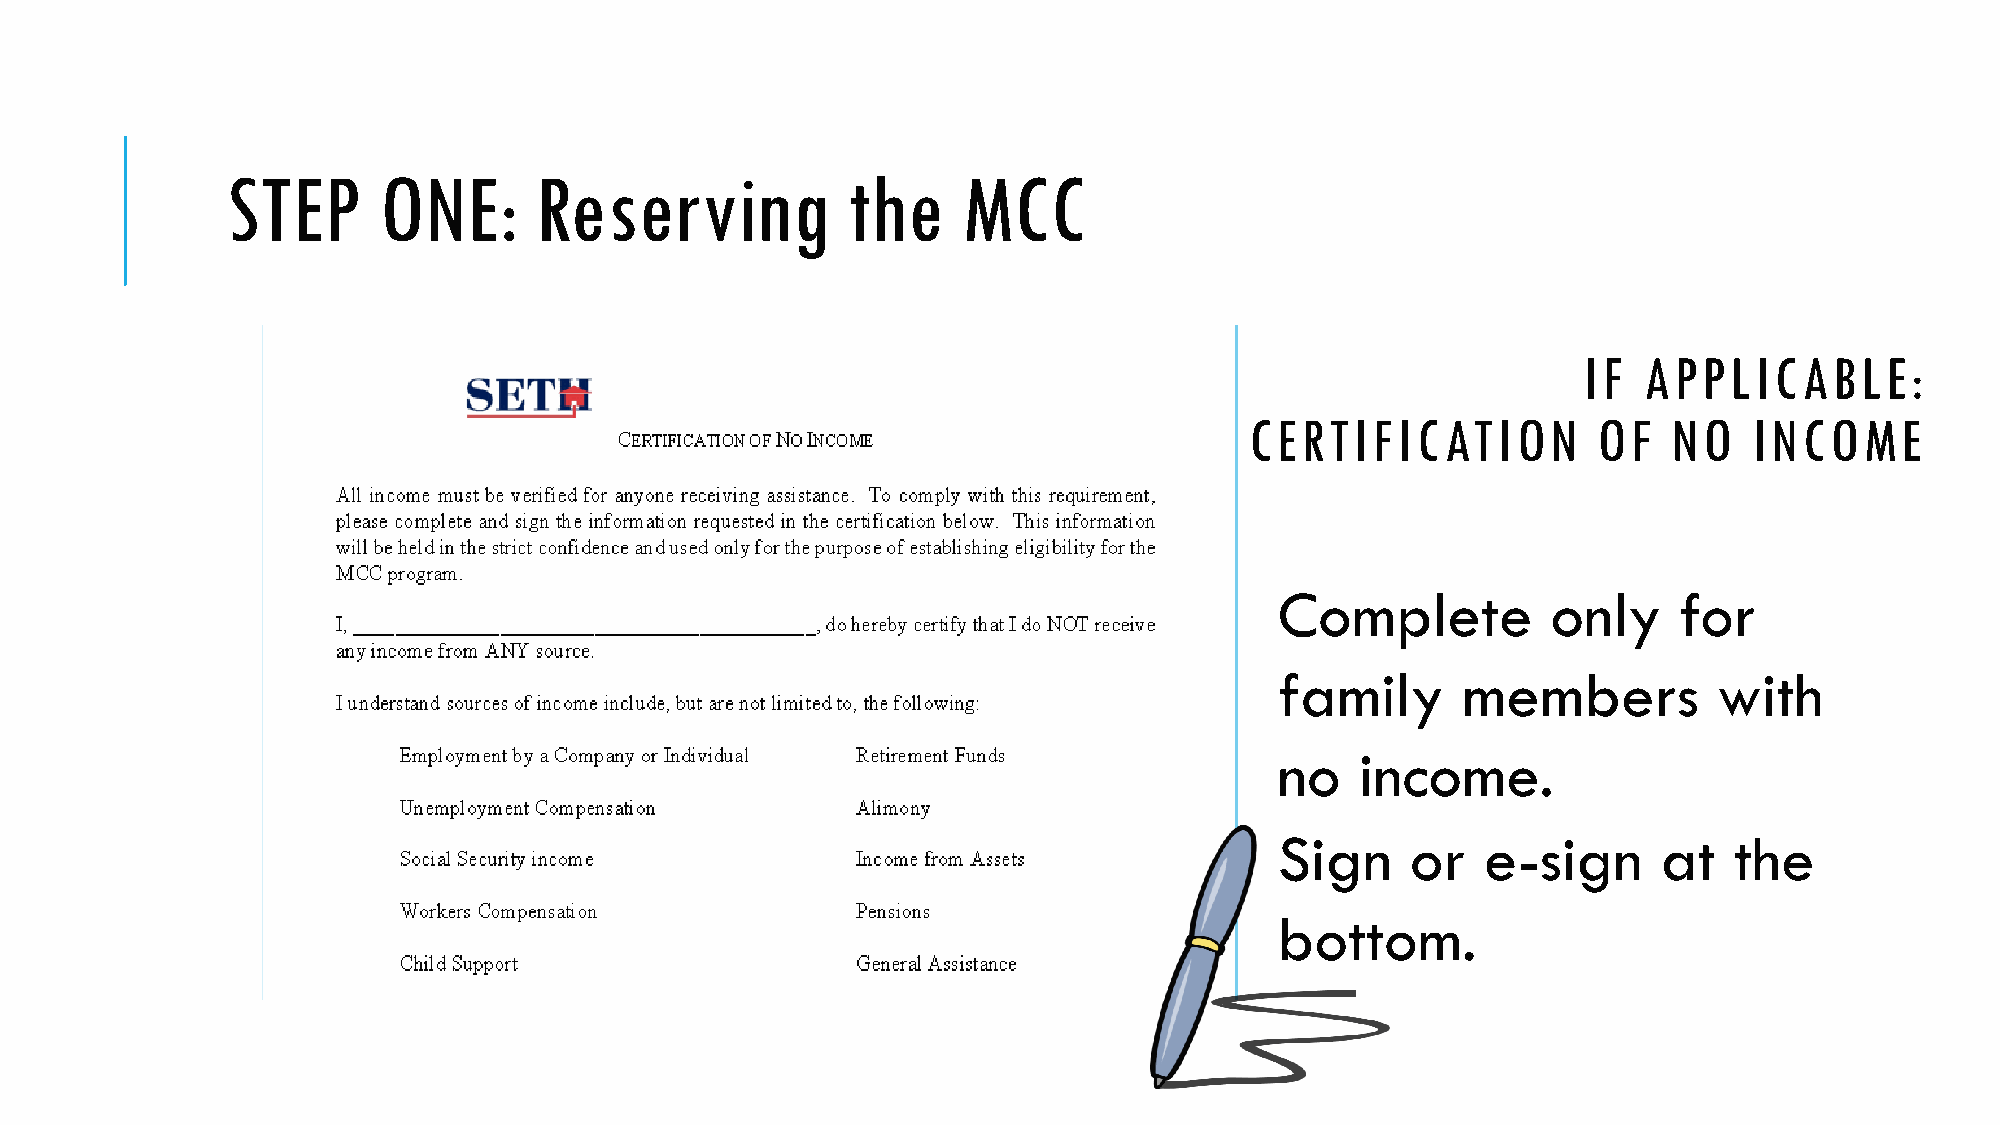
STEP      ONE:      Reserving            the     MCC
 IF  APPLICABLE:
 CERTIFICATION          OF   NO   INCOME
 Complete          only    for
 family      members          with
 no   income.
 Sign    or   e-sign      at   the
 bottom.